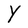
Character: Y